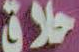
حلاق